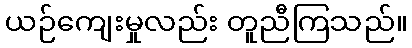
ယဉ်ကျေးမှုလည်း တူညီကြသည်။